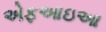
એફઆઇઆ